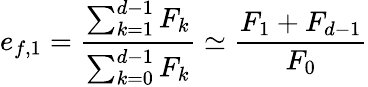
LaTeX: e_{f,1}=\frac{\sum_{k=1}^{d-1}F_{k}}{\sum_{k=0}^{d-1}F_{k}}\simeq\frac{F_{1}+F_{d-1}}{F_{0}}